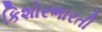
કિશોરભારતી